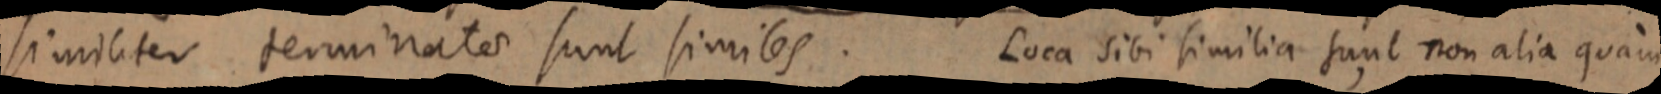
similiter terminater sunt similes. Loca sibi similia sunt non alia quam